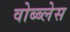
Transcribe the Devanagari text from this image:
वोब्ब्लेस